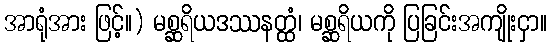
အာရုံအား ဖြင့်။) မစ္ဆရိယဒဿနတ္ထံ၊ မစ္ဆရိယကို ပြခြင်းအကျိုးငှာ။